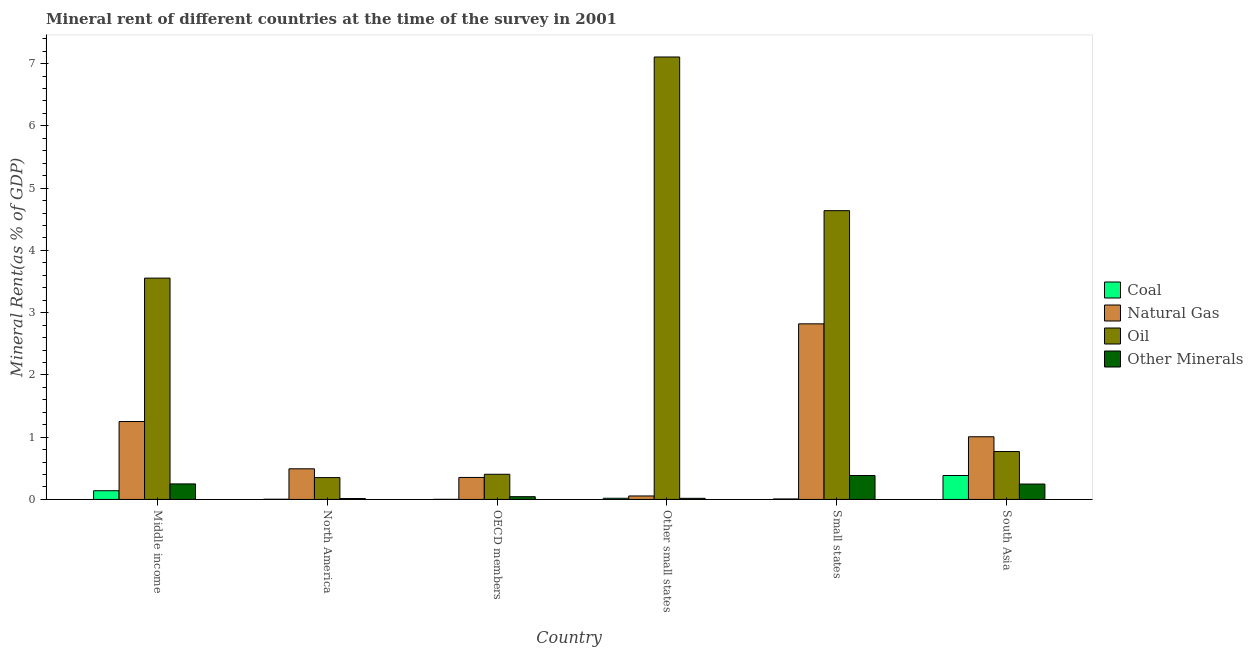
| Country | Coal | Natural Gas | Oil | Other Minerals |
 | --- | --- | --- | --- | --- |
 | Middle income | 0.14 | 1.25 | 3.55 | 0.25 |
 | North America | 0.00355 | 0.492 | 0.351 | 0.0148 |
 | OECD members | 0.0018 | 0.353 | 0.404 | 0.0444 |
 | Other small states | 0.019 | 0.0562 | 7.11 | 0.0182 |
 | Small states | 0.00803 | 2.82 | 4.64 | 0.384 |
 | South Asia | 0.384 | 1.01 | 0.77 | 0.247 |